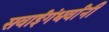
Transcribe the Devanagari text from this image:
सवाईगंधर्वांनी